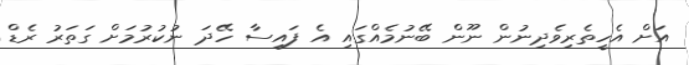
އަށް އެހީތެރިވެދިނުން ނޫން ބޭނުމެއްގައި އެ ފައިސާ ހޭދަ ނުކުރުމަށް ގަތަރު ރެޑް